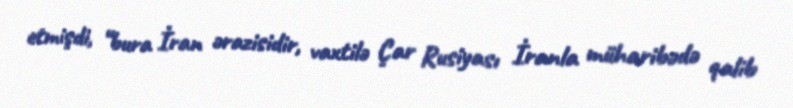
etmişdi, “bura İran ərazisidir, vaxtilə Çar Rusiyası İranla müharibədə qalib